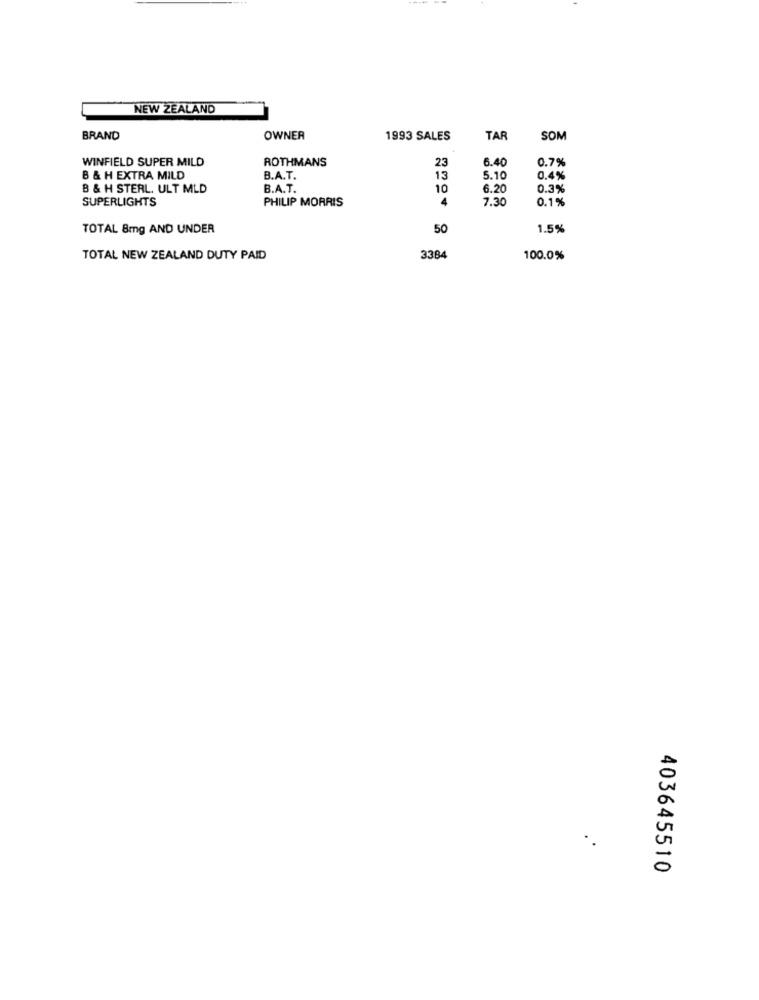
NEW ZEALAND
BRAND
OWNER
1993 SALES
TAR
SOM
WINFIELD SUPER MILD
ROTHMANS
6.40
0.7%
23
B & H EXTRA MILD
B.A.T.
13
5.10
0.4%
B & H STERL. ULT MLD
B.A.T.
10
6.20
0.3%
SUPERLIGHTS
PHILIP MORRIS
4
7.30
0.1%
TOTAL 8mg AND UNDER
50
1.5%
TOTAL NEW ZEALAND DUTY PAID
3384
100.0%
403645510